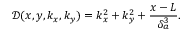
\mathcal { D } ( x , y , k _ { x } , k _ { y } ) = k _ { x } ^ { 2 } + k _ { y } ^ { 2 } + \frac { x - L } { \delta _ { a } ^ { 3 } } .